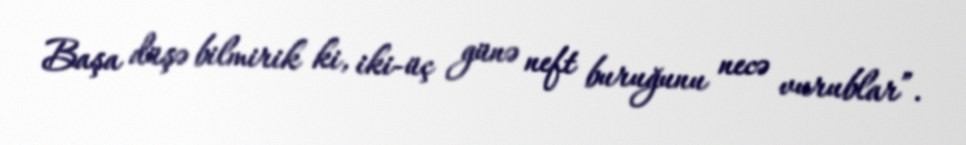
Başa düşə bilmirik ki, iki-üç günə neft buruğunu necə vurublar”.